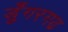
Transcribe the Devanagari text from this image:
डुँगरगढ